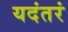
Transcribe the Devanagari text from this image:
यदंतरं